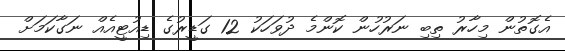
އެގޮތުން މިހާރު ތިބި ނަރުހުން ކޮންމެ ދުވަހަކު 12 ގަޑީރުގެ ޑިއުޓީއެއް ނަގާކަމަށް